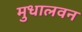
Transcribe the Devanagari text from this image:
मुधालवन